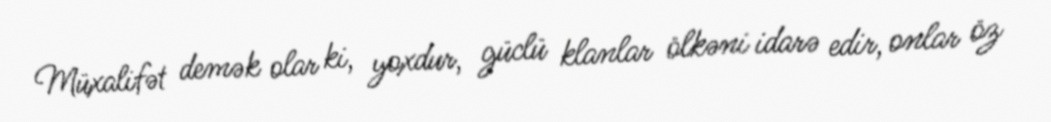
Müxalifət demək olar ki, yoxdur, güclü klanlar ölkəni idarə edir, onlar öz